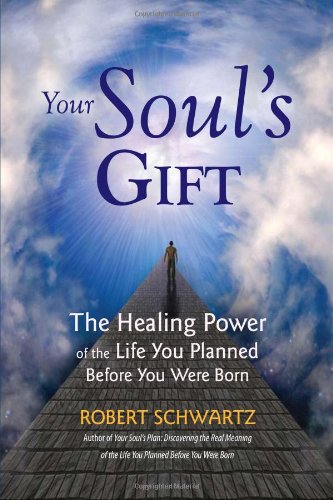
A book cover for Your Soul's Gift: The Healing Power of the Life You Planned Before You Were Born; Robert Schwartz; Religion & Spirituality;